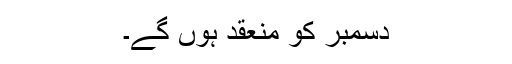
دسمبر کو منعقد ہوں گے۔